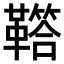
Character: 𩍈